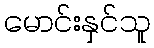
မောင်းနှင်သူ